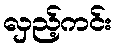
လှည့်ကင်း